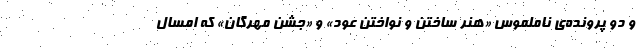
و دو پرونده‌ی ناملموس «هنر ساختن و نواختن عود» و «جشن مهرگان» که امسال